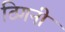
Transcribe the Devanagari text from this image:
ठिगनी